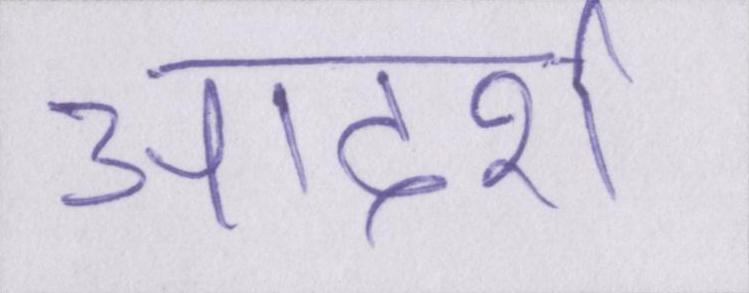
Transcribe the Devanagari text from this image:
आदर्श